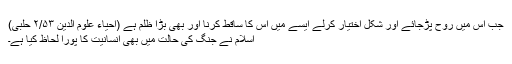
جب اس میں روح پڑجائے اور شکل اختیار کرلے ایسے میں اس کا ساقط کرنا اور بھی بڑا ظلم ہے (احیاء علوم الدین ۲/۵۳ حلبی)
اسلام نے جنگ کی حالت میں بھی انسانیت کا پورا لحاظ کیا ہے۔